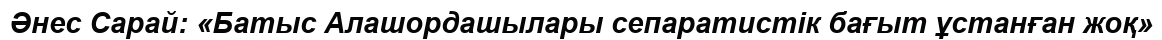
Әнес Сарай: «Батыс Алашордашылары сепаратистік бағыт ұстанған жоқ»